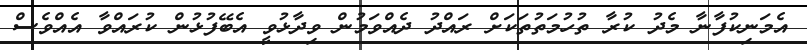
އެމަނިކުފާނާ މެދު ކުރާ ތުހުމަތުތަކަށް ރައްދު ދެއްވަމުން ވިދާޅުވީ އެބޭފުޅުން ކުރައްވާ އެއްވެސް